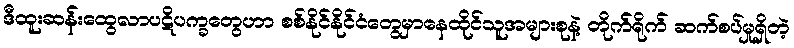
ဒီထူးဆန်းထွေလာပဋိပက္ခတွေဟာ စစ်နိုင်နိုင်ငံတွေမှာနေထိုင်သူအများစုနဲ့ တိုက်ရိုက် ဆက်စပ်မှုရှိတဲ့